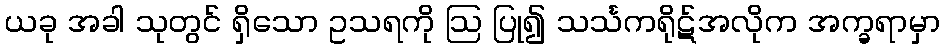
ယခု အခါ သုတွင် ရှိသော ဥသရကို ဩ ပြု၍ သင်္သကရိုဋ်အလိုက အက္ခရာမှာ